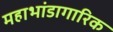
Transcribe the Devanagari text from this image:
महाभांडागारिक